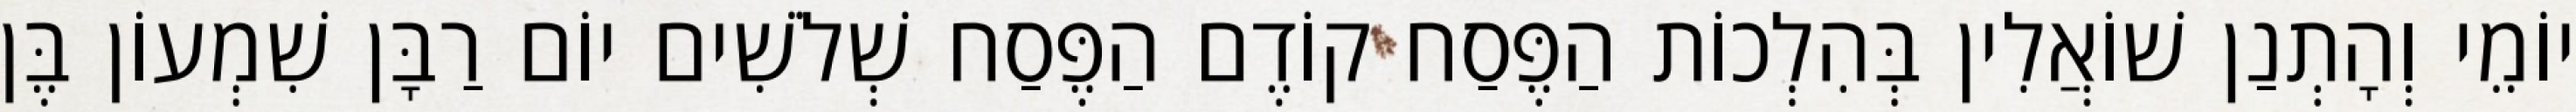
יוֹמֵי וְהָתְנַן שׁוֹאֲלִין בְּהִלְכוֹת הַפֶּסַח קוֹדֶם הַפֶּסַח שְׁלֹשִׁים יוֹם רַבָּן שִׁמְעוֹן בֶּן